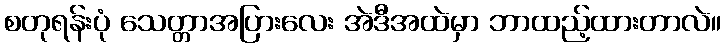
စတုရန်းပုံ သေတ္တာအပြားလေး အဲဒီအထဲမှာ ဘာထည့်ထားတာလဲ။